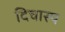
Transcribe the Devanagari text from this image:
दिचास्प